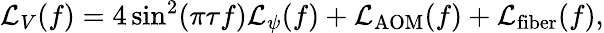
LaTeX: \begin{array}{r}{\mathcal{L}_{V}(f)=4\sin^{2}(\pi\tau f)\mathcal{L}_{\psi}(f)+\mathcal{L}_{\mathrm{AOM}}(f)+\mathcal{L}_{\mathrm{fiber}}(f),}\end{array}